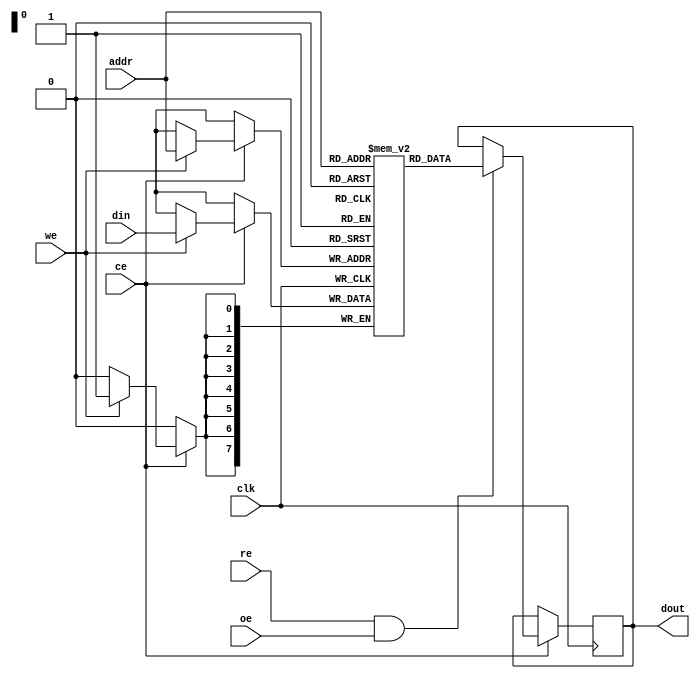
module sync_sram #(
    parameter DATA_WIDTH = 8, // Configurable data width (8, 16, 32 bits)
    parameter ADDR_WIDTH = 8   // Address width (to access 256 locations)
)(
    input wire clk,                   // Clock signal
    input wire we,                    // Write enable signal
    input wire re,                    // Read enable signal
    input wire [ADDR_WIDTH-1:0] addr, // Address input
    input wire [DATA_WIDTH-1:0] din,  // Data input
    output reg [DATA_WIDTH-1:0] dout, // Data output
    input wire ce,                    // Chip enable
    input wire oe                     // Output enable
);

    // Memory array declaration
    reg [DATA_WIDTH-1:0] memory [(2**ADDR_WIDTH)-1:0]; // SRAM array

    // Address decoder and control logic
    always @(posedge clk) begin
        if (ce) begin
            if (we) begin
                // Write operation
                memory[addr] <= din;
            end
            if (re && oe) begin
                // Read operation
                dout <= memory[addr];
            end
        end
    end

endmodule